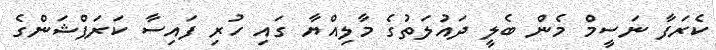
ކެރަފާ ނަސީމް މެން ބެލީ ދައުލަތުގެ މާލިއްޔާ ގައި ހުރި ފައިސާ ކަރަޕްޝަންގެ